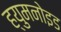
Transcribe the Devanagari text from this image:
ह्युमनोइड